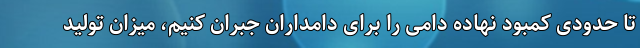
تا حدودی کمبود نهاده دامی را برای دامداران جبران کنیم، میزان تولید